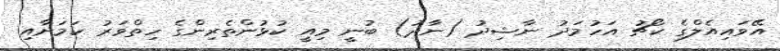
އޭވައިއެލްގެ ކޯޗު އަހުމަދު ނާޝިދު (ނާދު) ބުނީ މިއީ ކުޅުންތެރިންގެ ހިތްވަރު ކަމަށާއި